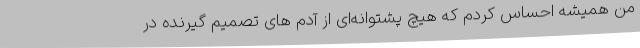
من همیشه احساس کردم که هیچ پشتوانه‌ای از آدم های تصمیم گیرنده در